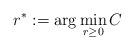
LaTeX: \begin{align*}r^* := \arg \min_{r \geq 0} C\end{align*}